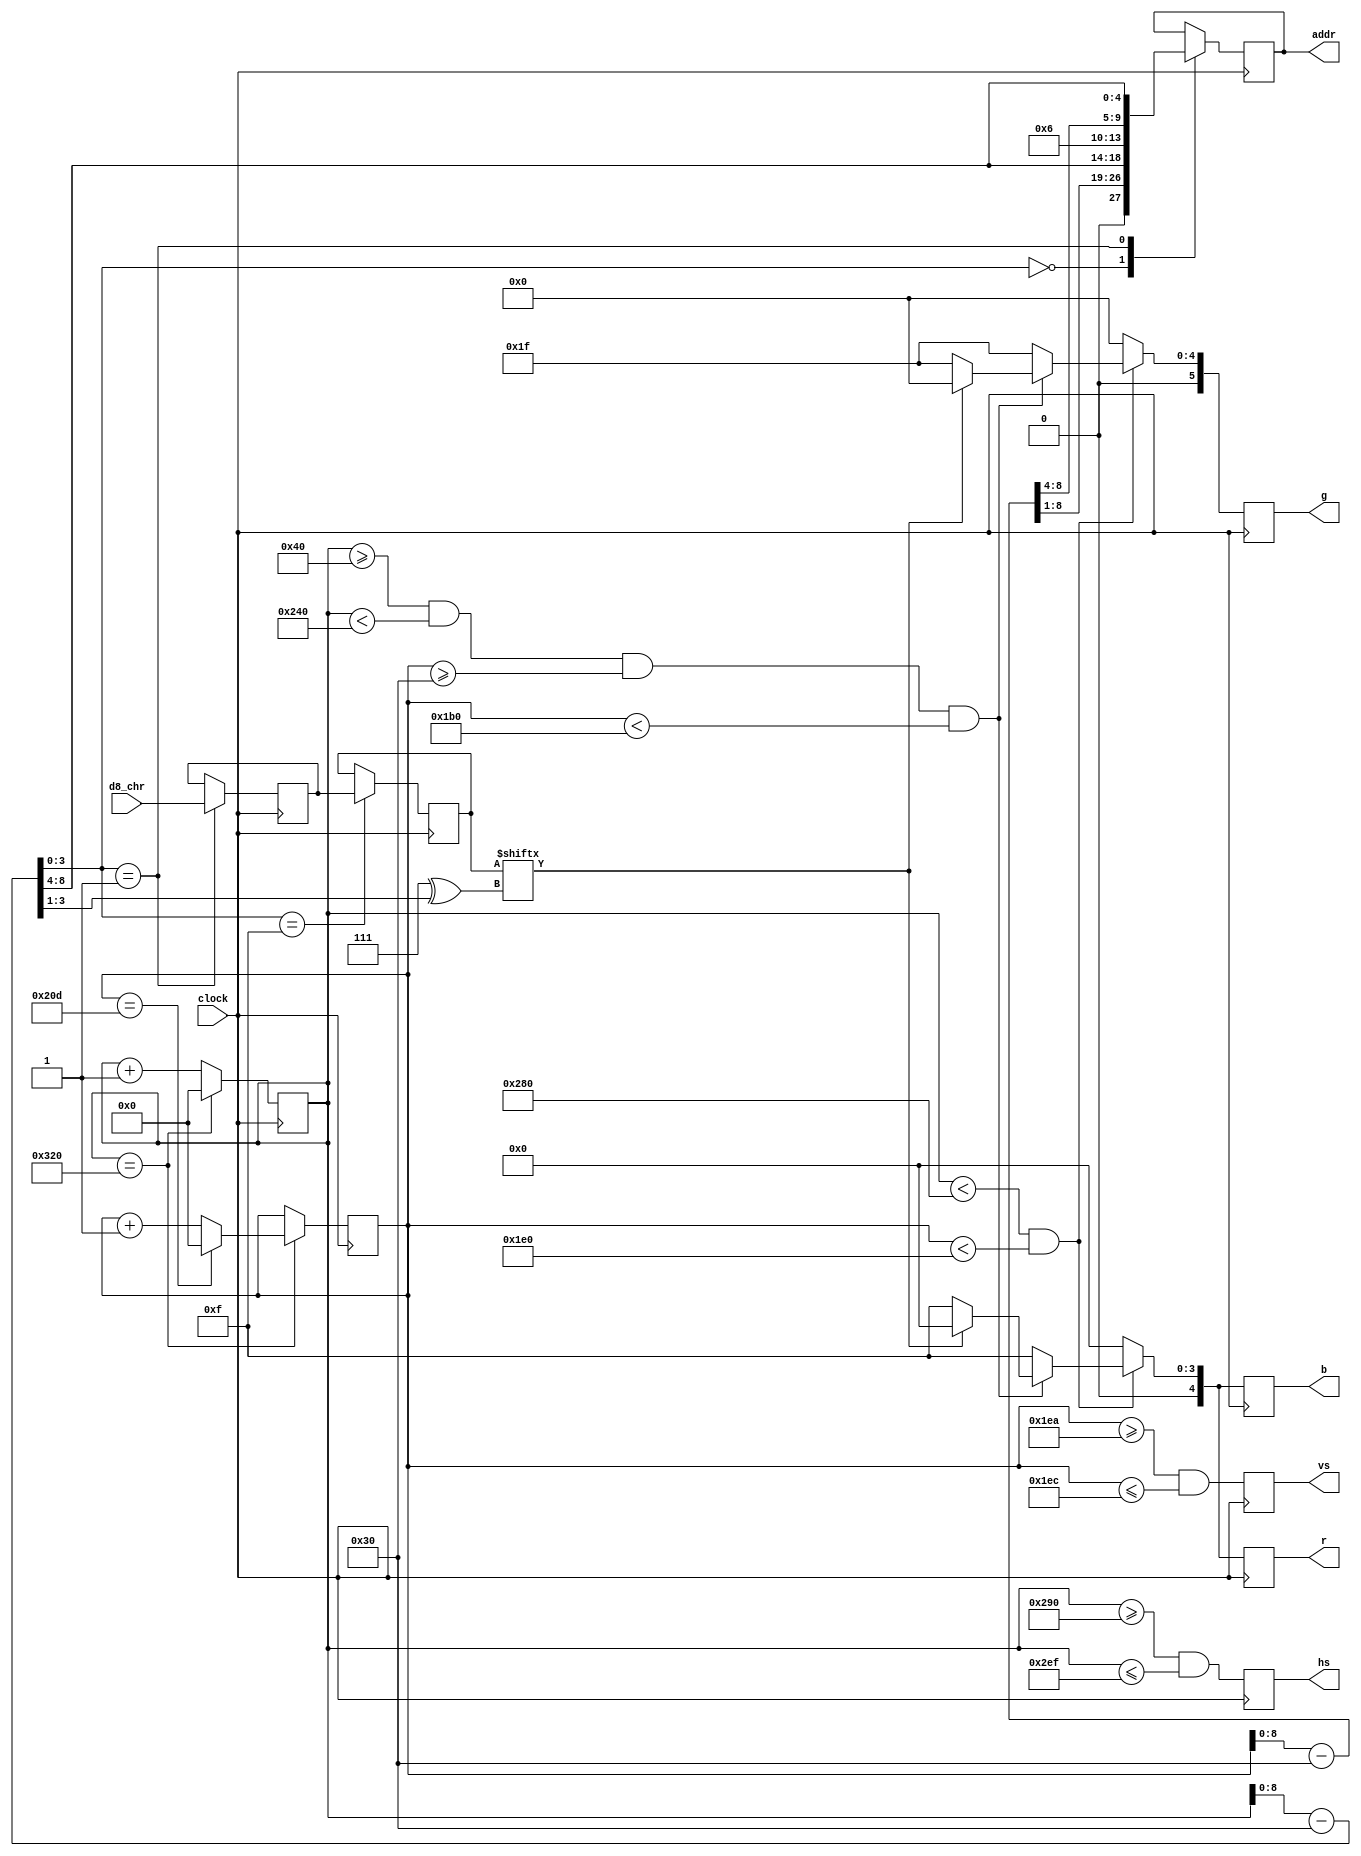
module video(

    input wire        clock,        
    input wire [7:0]  d8_chr,
    output reg [13:0] addr,
    output reg [4:0]  r,
    output reg [5:0]  g,
    output reg [4:0]  b,
    output reg        hs,
    output reg        vs
);

// ---------------------------------------------------------------------------
//  http://tinyvga.com/vga-timing/640x480@60Hz
// ---------------------------------------------------------------------------
reg  [9:0] x;
reg  [9:0] y;
reg  [7:0] attr;
reg  [7:0] bit8;
reg  [7:0] mask;

// - ""     8 
wire [9:0] rx = x - 8'd48;
wire [9:0] ry = y - 8'd48;
wire       bitset = mask[ 3'h7 ^ rx[3:1] ];

//   800 x 525    VGA
always @(posedge clock) begin

    //  
    if (x == 10'd800) begin
    
        x <= 1'b0;
        y <= (y == 10'd525) ? 1'b0 : (y + 1'b1); 
        
    end else x <= x + 1'b1;
    
    //  
    hs <= (x >= 10'd656 && x <= 10'd751); // [ w=640 ] [front=16] [sync=96] [back=48]
    vs <= (y >= 10'd490 && y <= 10'd492); // [ h=480 ] [front=10] [sync=2]  [back=33]
    
    //  
    // ------------------------------------------------
    if (x < 10'd640 && y < 10'd480) begin
    
        if (x >= 64 && x < 576 && y >= 48 && y < 432) begin
        
            r <= bitset? 1'b0 : 5'h0F; // -  
            g <= bitset? 1'b0 : 6'h1F;
            b <= bitset? 1'b0 : 5'h0F;
        
        //  
        end else begin r <= 5'h0F; g <= 6'h1F; b <= 5'h0F; end

    //     
    end else begin r <= 1'b0; g <= 1'b0; b <= 1'b0; end
    // ------------------------------------------------
    
    case (rx[3:0])
    
        //   : 10y yyyy | yyyx xxxx
        4'h0: begin addr <= {2'b10, ry[8:1], rx[8:4]}; end 
        
        //    101 10yy | yyyx xxxx
        4'h1: begin addr <= {5'b10110, ry[8:4], rx[8:4]}; bit8 <= d8_chr; end 
        
        //      
        4'hF: begin attr <= d8_chr; mask <= bit8; end 

    endcase

end

endmodule